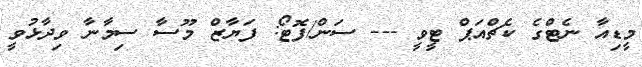
މީޑިއާ ނެޓްގެ ކެޗްއަޕް ޓީވީ --- ސަން/ފޮޓޯ: ފަޔާޒް މޫސާ ސިމާނާ ވިދާޅުވީ